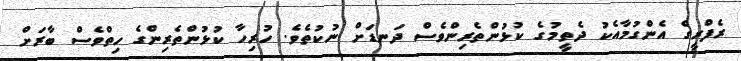
ރެފްރީގެ އެންގުމާއެކު ދެތީމުގެ ކުޅުންތެރިންވެސް ދަނޑަށް ނުކުތެވެ. ހުރިހާ ކުޅުންތެރިންގެ ހިތްވެސް ބާރަށް